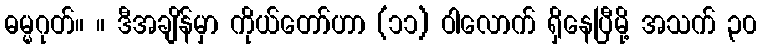
ဓမ္မဂုတ်။ ။ ဒီအချိန်မှာ ကိုယ်တော်ဟာ (၁၁) ဝါလောက် ရှိနေပြီမို့ အသက် ၃၀